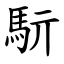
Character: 䭼